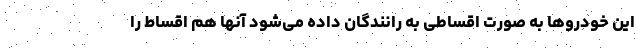
این خودروها به صورت اقساطی به رانندگان داده می‌شود آنها هم اقساط را